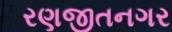
રણજીતનગર